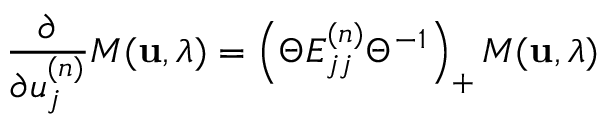
\frac { \partial } { \partial u _ { j } ^ { ( n ) } } M ( { \bf u } , \lambda ) = \left( \Theta E _ { j j } ^ { ( n ) } \Theta ^ { - 1 } \right) _ { + } M ( { \bf u } , \lambda )